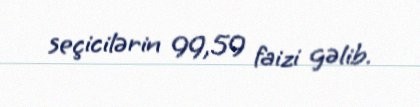
seçicilərin 99,59 faizi gəlib.